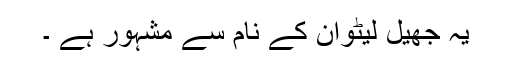
یہ جھیل لیٹوان کے نام سے مشہور ہے ۔